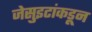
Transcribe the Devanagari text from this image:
जेसुइटांकडून